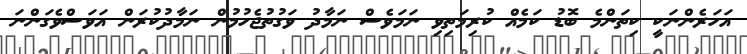
އަހަރެންނަކީ ކިތަންމެ ބޮޑު ކަމެއް ކުރިމަތިވި ނަމަވެސް ނަމާދު ވަގުތުޖެހުމުން ނަމާދުކުރަން އަވަސްވެގަންނަ